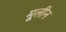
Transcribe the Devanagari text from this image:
मूलीन